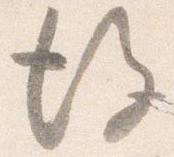
後